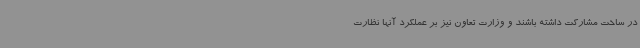
در ساخت مشارکت داشته باشند و وزارت تعاون نیز بر عملکرد آنها نظارت